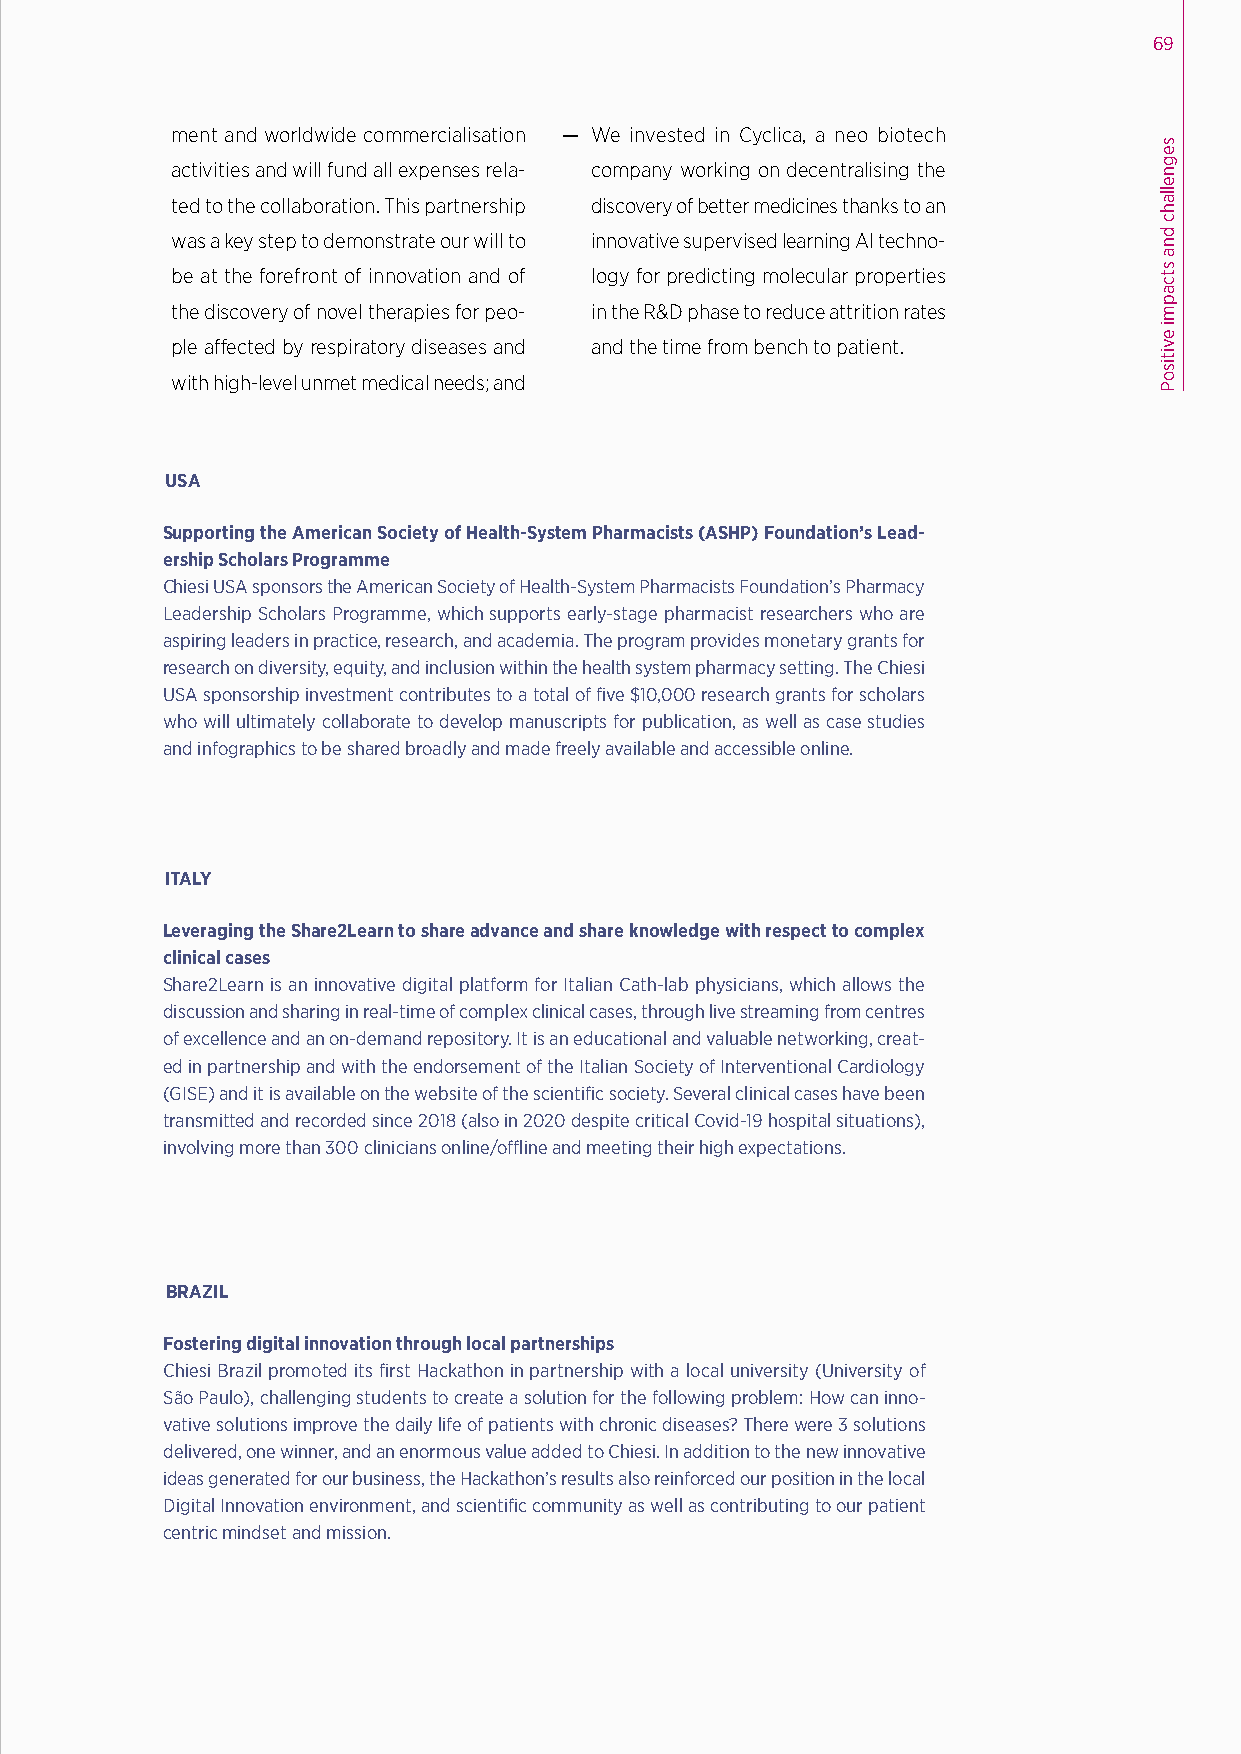
69
 ment and worldwide commercialisation — We invested in Cyclica, a neo biotech
 activities and will fund all expenses rela- company working on decentralising the
 ted to the collaboration. This partnership discovery of better medicines thanks to an
 was a key step to demonstrate our will to innovative supervised learning AI techno-
 be at the forefront of innovation and of logy for predicting molecular properties
 the discovery of novel therapies for peo- in the R&D phase to reduce attrition rates
 ple affected by respiratory diseases and and the time from bench to patient.
 with high-level unmet medical needs; and
 USA
 Supporting the American Society of Health-System Pharmacists (ASHP) Foundation’s Lead-
 ership Scholars Programme
 Chiesi USA sponsors the American Society of Health-System Pharmacists Foundation’s Pharmacy
 Leadership Scholars Programme, which supports early-stage pharmacist researchers who are
 aspiring leaders in practice, research, and academia. The program provides monetary grants for
 research on diversity, equity, and inclusion within the health system pharmacy setting. The Chiesi
 USA sponsorship investment contributes to a total of five $10,000 research grants for scholars
 who will ultimately collaborate to develop manuscripts for publication, as well as case studies
 and infographics to be shared broadly and made freely available and accessible online.
 ITALY
 Leveraging the Share2Learn to share advance and share knowledge with respect to complex
 clinical cases
 Share2Learn is an innovative digital platform for Italian Cath-lab physicians, which allows the
 discussion and sharing in real-time of complex clinical cases, through live streaming from centres
 of excellence and an on-demand repository. It is an educational and valuable networking, creat-
 ed in partnership and with the endorsement of the Italian Society of Interventional Cardiology
 (GISE) and it is available on the website of the scientific society. Several clinical cases have been
 transmitted and recorded since 2018 (also in 2020 despite critical Covid-19 hospital situations),
 involving more than 300 clinicians online/offline and meeting their high expectations.
 BRAZIL
 Fostering digital innovation through local partnerships
 Chiesi Brazil promoted its first Hackathon in partnership with a local university (University of
 São Paulo), challenging students to create a solution for the following problem: How can inno-
 vative solutions improve the daily life of patients with chronic diseases? There were 3 solutions
 delivered, one winner, and an enormous value added to Chiesi. In addition to the new innovative
 ideas generated for our business, the Hackathon’s results also reinforced our position in the local
 Digital Innovation environment, and scientific community as well as contributing to our patient
 centric mindset and mission.
 segnellahc
 dna
 stcapmi
 evitisoP